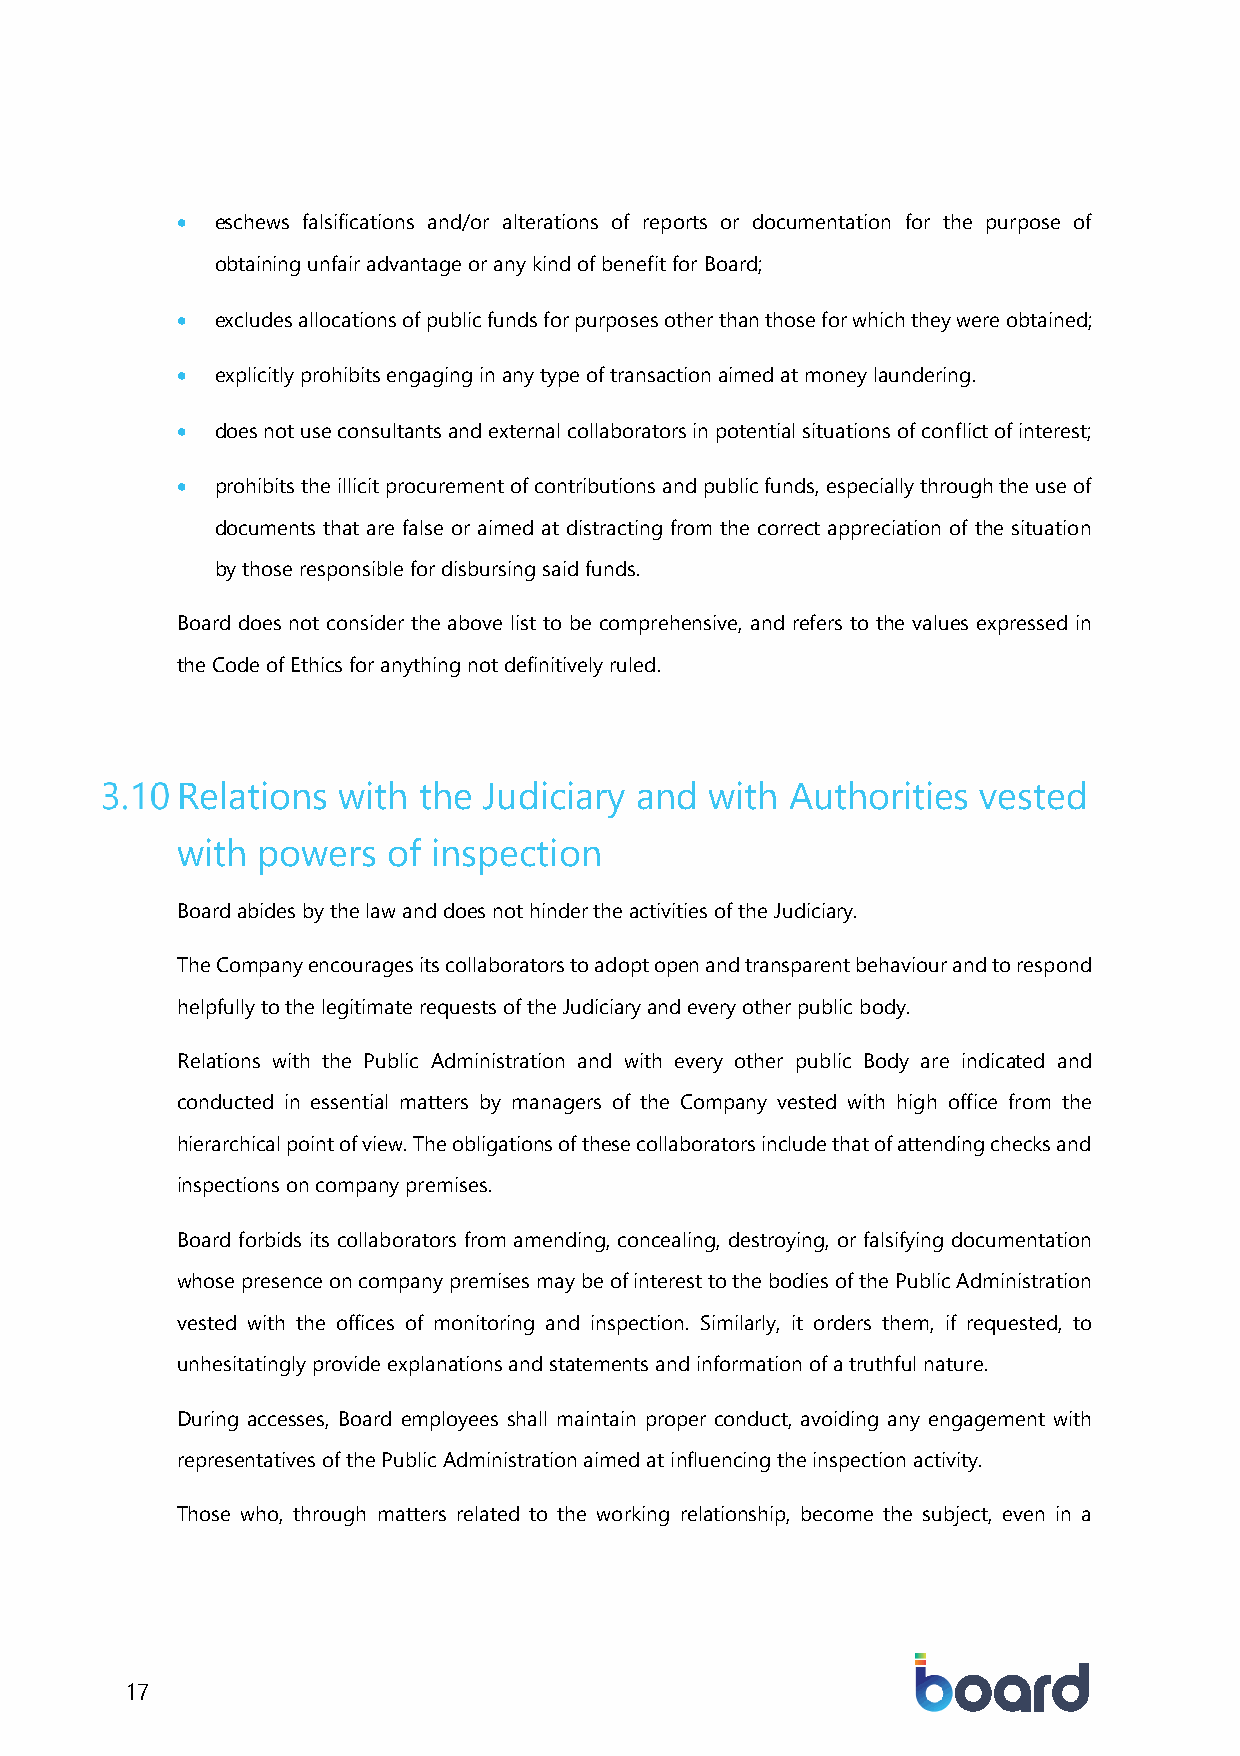
• eschews falsifications and/or alterations of reports or documentation for the purpose of
 obtaining unfair advantage or any kind of benefit for Board;
 • excludes allocations of public funds for purposes other than those for which they were obtained;
 • explicitly prohibits engaging in any type of transaction aimed at money laundering.
 • does not use consultants and external collaborators in potential situations of conflict of interest;
 • prohibits the illicit procurement of contributions and public funds, especially through the use of
 documents that are false or aimed at distracting from the correct appreciation of the situation
 by those responsible for disbursing said funds.
 Board does not consider the above list to be comprehensive, and refers to the values expressed in
 the Code of Ethics for anything not definitively ruled.
 Relations with  the Judiciary and  with Authorities  vested
 with powers   of inspection
 Board abides by the law and does not hinder the activities of the Judiciary.
 The Company encourages its collaborators to adopt open and transparent behaviour and to respond
 helpfully to the legitimate requests of the Judiciary and every other public body.
 Relations with the Public Administration and with every other public Body are indicated and
 conducted in essential matters by managers of the Company vested with high office from the
 hierarchical point of view. The obligations of these collaborators include that of attending checks and
 inspections on company premises.
 Board forbids its collaborators from amending, concealing, destroying, or falsifying documentation
 whose presence on company premises may be of interest to the bodies of the Public Administration
 vested with the offices of monitoring and inspection. Similarly, it orders them, if requested, to
 unhesitatingly provide explanations and statements and information of a truthful nature.
 During accesses, Board employees shall maintain proper conduct, avoiding any engagement with
 representatives of the Public Administration aimed at influencing the inspection activity.
 Those who, through matters related to the working relationship, become the subject, even in a
 17